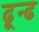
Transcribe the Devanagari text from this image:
ढून्ढ